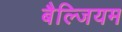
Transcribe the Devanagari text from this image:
बैल्जियम